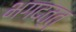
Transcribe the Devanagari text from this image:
भगदत्त्